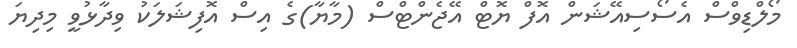
މޯލްޑިވްސް އެސޯސިއޭޝަން އޮފް ޔޮޓް އޭޖެންޓްސް (މާޔާ)ގެ އިސް އޮފިޝަލަކު ވިދާޅުވީ މިދިޔަ